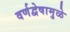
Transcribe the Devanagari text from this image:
वर्णद्वेषामुळे